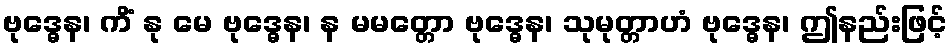
ဗုဒ္ဓေန၊ ကိံ နု မေ ဗုဒ္ဓေန၊ န မမတ္တော ဗုဒ္ဓေန၊ သုမုတ္တာဟံ ဗုဒ္ဓေန၊ ဤနည်းဖြင့်